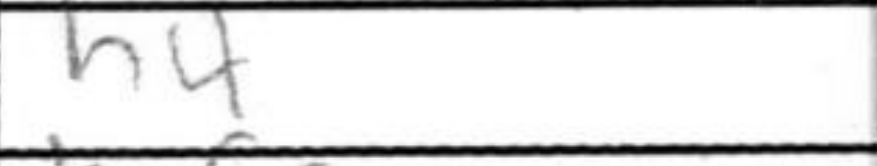
Transcription: h4